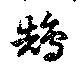
鵠